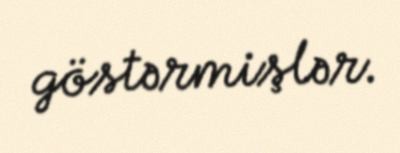
göstərmişlər.